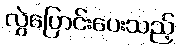
လွှဲပြောင်းပေးသည့်